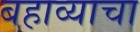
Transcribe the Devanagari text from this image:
बहाव्याचा